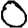
Digit: 0